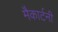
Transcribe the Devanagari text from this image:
मैकार्टनी